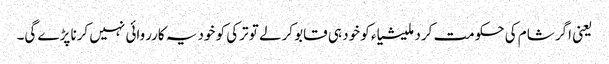
یعنی اگر شام کی حکومت کرد ملیشیاء کو خود ہی قابو کرلے تو ترکی کو خود یہ کارروائی نہیں کرنا پڑے گی۔